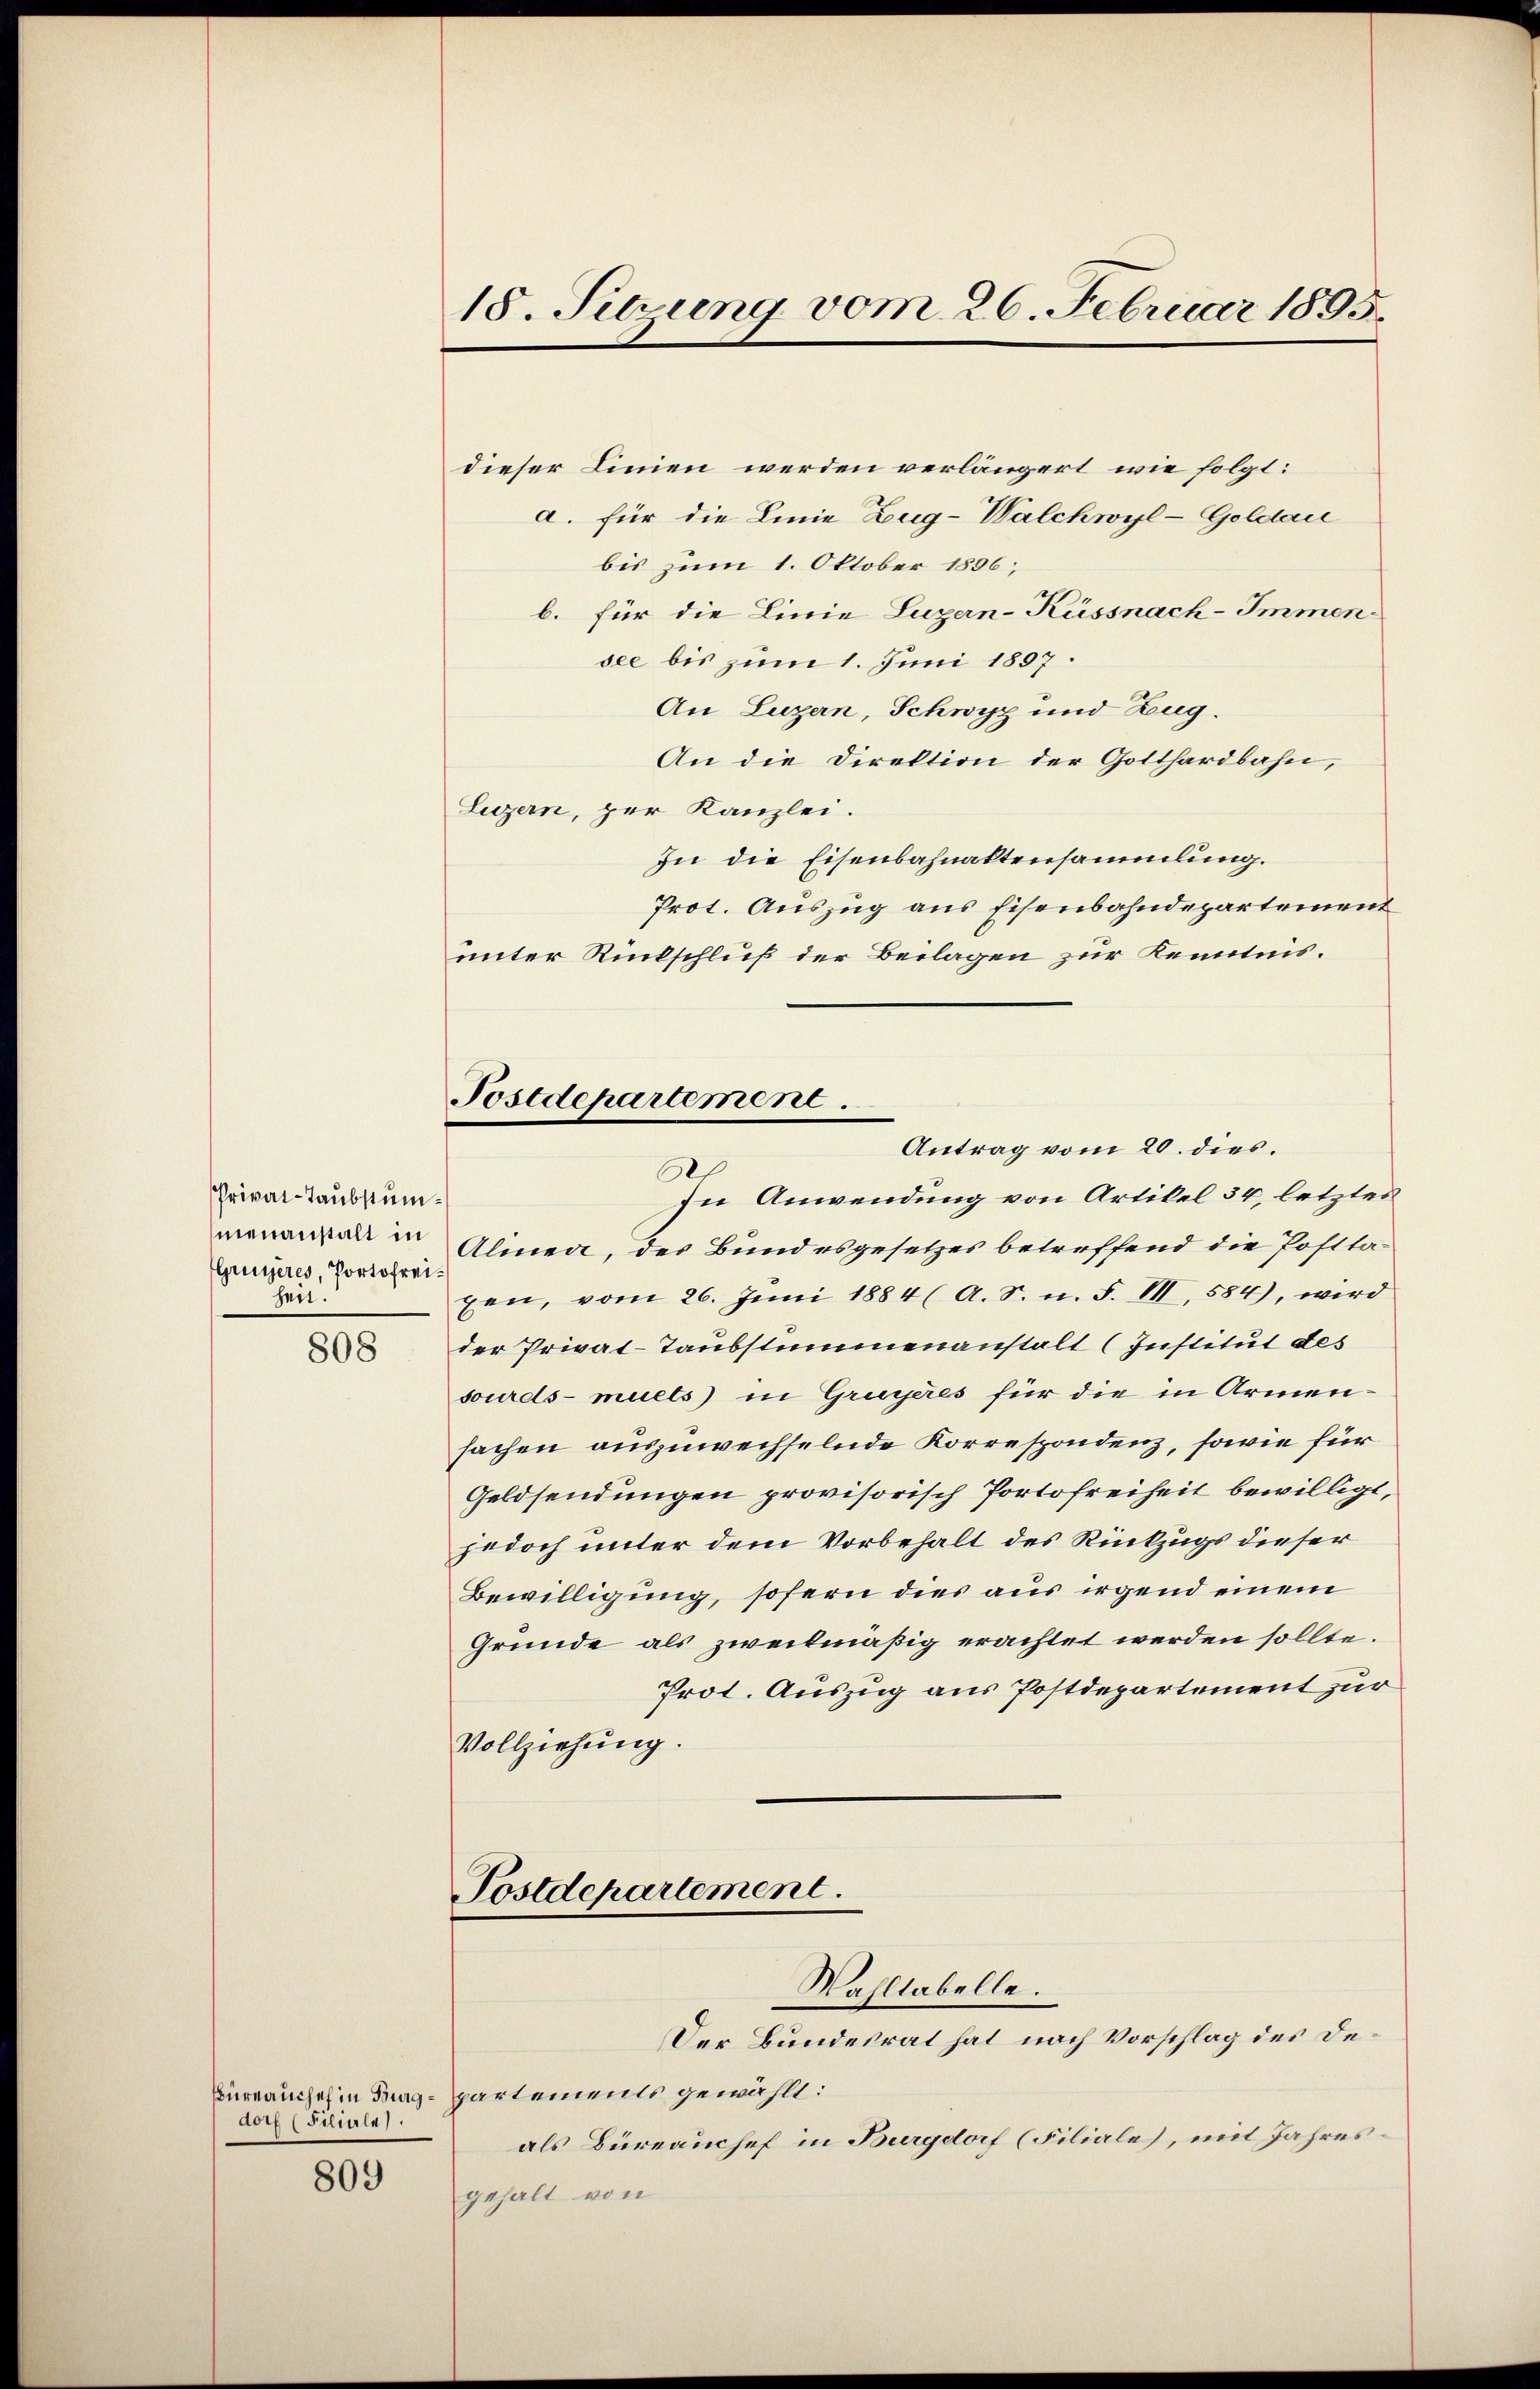
Privat-Taubstummenanstalt in
Grusseres, Portofrei.
heit.

808

Büreauches in Burgdorf (Filiarla).

809

18. Sitzung vom 26. Februar 1895.

Postdepartement.

dieser Linien werden verlängert wie folgt:
a. für die Linie Zug-Walchwyl-Goldau
bis zum 1. Oktober 1896;
b. für die Linie Luzern-Küssnach-Immen.
see bis zum 1. Juni 1897.
An Luzern, Schwyz und Zug.
An die Direktion der Gotthardbahn,
Luzern, zur Kanzlei.
In die Eisenbahnaktensammlung.
Prot. Auszug aus Eisenbahndepartement
unter Rückschluß der Beilagen zur Kenntnis.
Antrag vom 20. dies.
6
In Anwendung von Artikel 34, letztes
Almen, des Bund es gesetzes betreffend die Posttapen, vom 26. Juni 1884 (A. S. n. F. VII, 584), wird
der Privat-Taubstummenanstalt (Institut des
sourds-muets) in Gruyères für die in Armen-
sachen auszuwechselnde Korrespondenz, sowie für
Geldsendungen provisorisch Portofreiheit bewilligt,
jedoch unter dem Vorbehalt des Rückzugs dieser
Bewilligung, sofern dies aus irgend einem
Gründe als zweckmäßig erachtet werden sollte.
Prot. Auszug aus Postdepartement zur
Vollziehung.

Postdepartement.
Wahltabelle.

partements gewählt:
als Büreauchef in Burgdorf (Filiale, mit Jahresgehalt von

Der Bundesrat hat nach Vorschlag des De¬